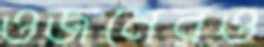
ওজনেরও